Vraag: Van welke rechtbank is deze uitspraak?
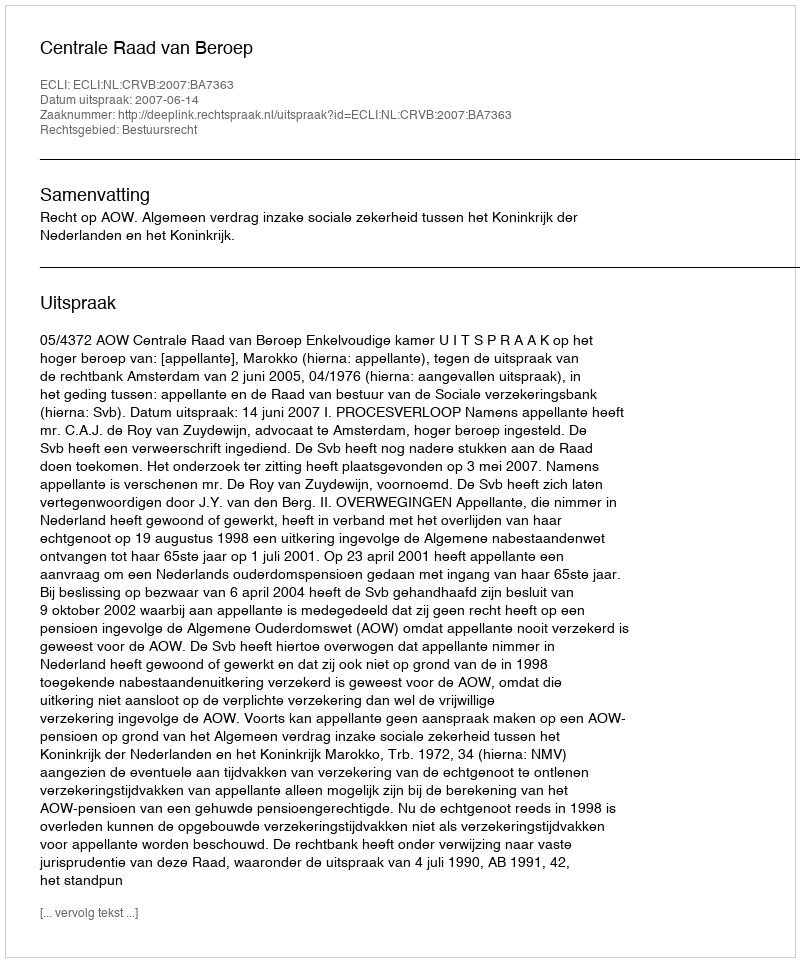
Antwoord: Centrale Raad van Beroep